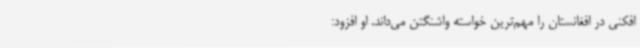
‌افکنی در افغانستان را مهم‌ترین خواسته واشنگتن می‌داند. او افزود: